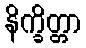
နိက္ခိတ္တာ